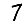
Digit: 7